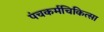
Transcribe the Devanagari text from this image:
पंचकर्मचिकित्सा